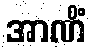
အာဏိံ